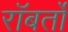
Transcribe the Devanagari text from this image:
रॉबर्तो